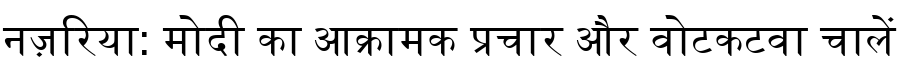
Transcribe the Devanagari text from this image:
नज़रिया: मोदी का आक्रामक प्रचार और वोटकटवा चालें